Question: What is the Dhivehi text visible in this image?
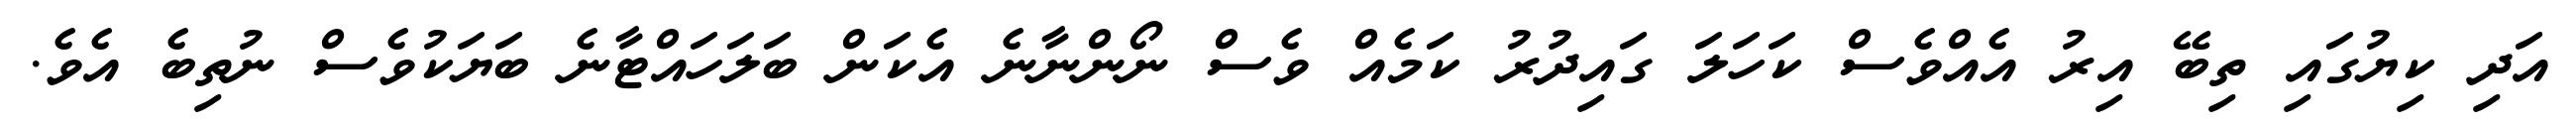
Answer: އަދި ކިޔުގައި ތިބޭ އިރު އެއްވެސް ކަހަލަ ގައިދުރު ކަމެއް ވެސް ނޯންނާނެ އެކަން ބަލަހައްޓާނެ ބަޔަކުވެސް ނުތިބެ އެވެ.